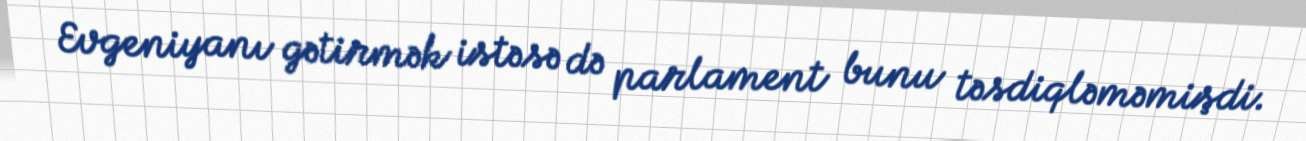
Evgeniyanı gətirmək istəsə də parlament bunu təsdiqləməmişdi.